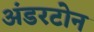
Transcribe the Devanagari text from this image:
अंडरटोन